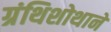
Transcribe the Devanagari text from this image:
ग्रंथिशोथाने